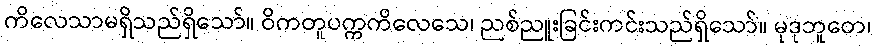
ကိလေသာမရှိသည်ရှိသော်။ ဝိကတူပက္ကကိလေသေ၊ ညစ်ညူးခြင်းကင်းသည်ရှိသော်။ မုဒုဘူတေ၊